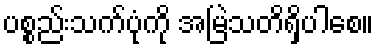
ပစ္စည်းသက်ပုံကို အမြဲသတိရှိပါစေ။